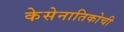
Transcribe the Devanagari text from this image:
केसेनातिकोची